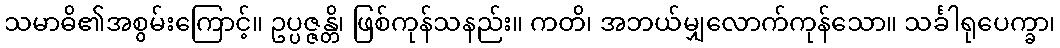
သမာဓိ၏အစွမ်းကြောင့်။ ဥပ္ပဇ္ဇန္တိ၊ ဖြစ်ကုန်သနည်း။ ကတိ၊ အဘယ်မျှလောက်ကုန်သော။ သင်္ခါရုပေက္ခာ၊